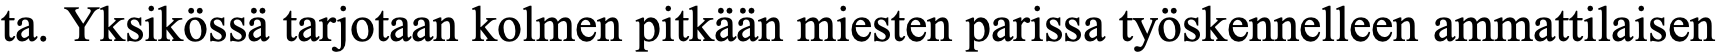
ta. Yksikössä tarjotaan kolmen pitkään miesten parissa työskennelleen ammattilaisen